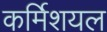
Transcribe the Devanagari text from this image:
कर्मिशयल